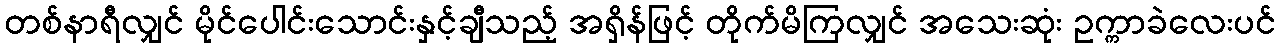
တစ်နာရီလျှင် မိုင်ပေါင်းသောင်းနှင့်ချီသည့် အရှိန်ဖြင့် တိုက်မိကြလျှင် အသေးဆုံး ဥက္ကာခဲလေးပင်